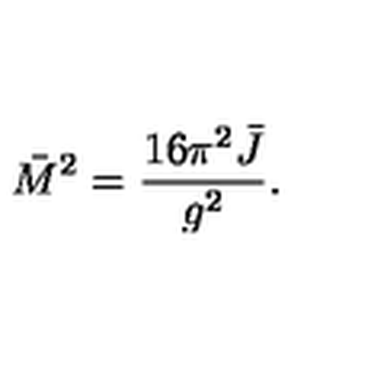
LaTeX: \bar { M } ^ { 2 } = { \frac { 1 6 \pi ^ { 2 } \bar { J } } { g ^ { 2 } } } .